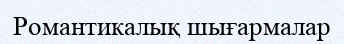
Романтикалық шығармалар